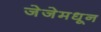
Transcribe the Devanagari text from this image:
जेजेमधून